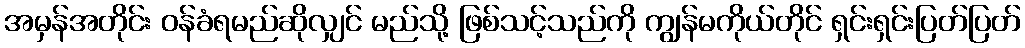
အမှန်အတိုင်း ဝန်ခံရမည်ဆိုလျှင် မည်သို့ ဖြစ်သင့်သည်ကို ကျွန်မကိုယ်တိုင် ရှင်းရှင်းပြတ်ပြတ်